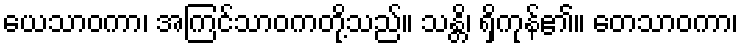
ယေသာဝကာ၊ အကြင်သာဝကတို့သည်။ သန္တိ၊ ရှိကုန်၏။ တေသာဝကာ၊